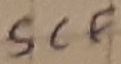
Text: SCF